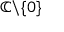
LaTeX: \mathbb { C } \backslash \{ 0 \}